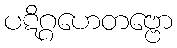
ပဋိဂ္ဂဟေတဗ္ဗော